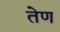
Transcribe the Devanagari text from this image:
तेण